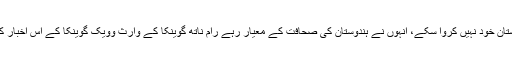
جو کام چین اور پاکستان خود نہیں کروا سکے، انہوں نے ہندوستان کی صحافت کے معیار رہے رام ناتھ گوینکا کے وارث وویک گوینکا کے اس اخبار کے ذریعے کروا دیا۔